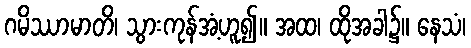
ဂမိဿာမာတိ၊ သွားကုန်အံ့ဟူ၍။ အထ၊ ထိုအခါ၌။ နေသံ၊